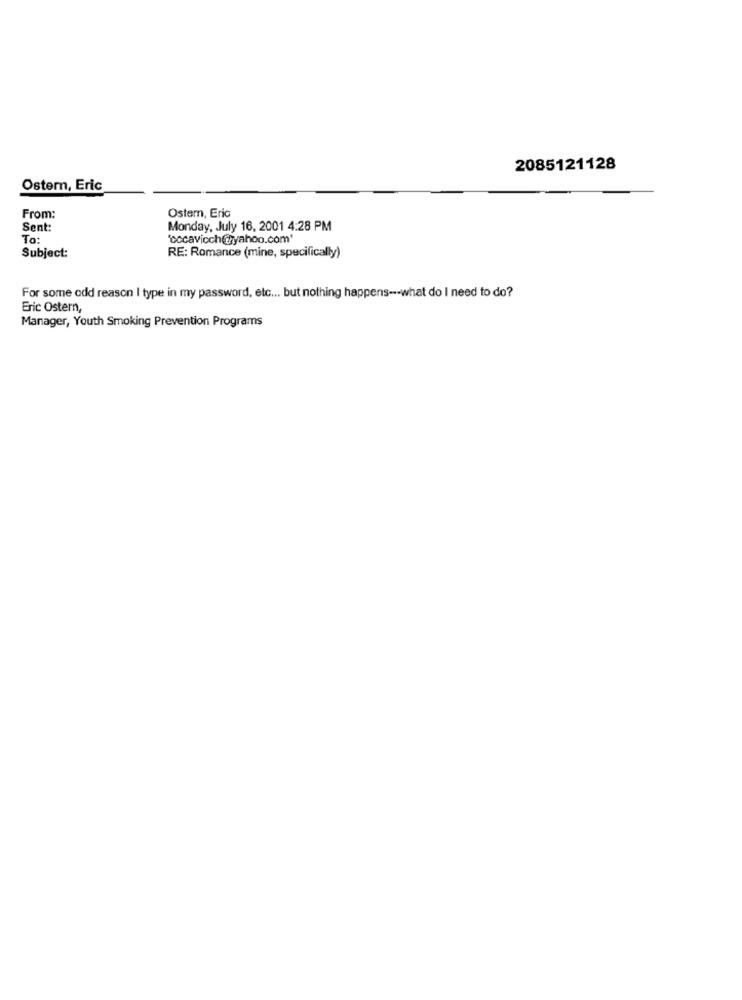
2085121128
Ostem, Eric
Ostern, Eric
From:
Sent:
Monday, July 16, 2001 4:28 PM
To:
'cocavicch@yahoo.com"
Subject:
RE: Romance (mine, specifically)
For some odd reason I type in my password, etc ... but nothing happens --- what do I need to do?
Eric Ostern,
Manager, Youth Smoking Prevention Programs